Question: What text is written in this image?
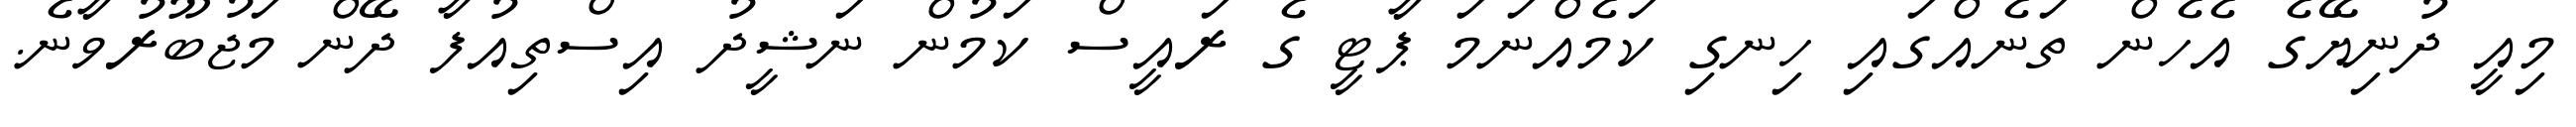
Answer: މިއީ ދުނިޔޭގެ އެހެން ތަނެއްގައި ހިނގި ކަމެއްނަމަ ޕާޓީ ގެ ރައީސް ކަމުން ނަޝީދު އިސްތިއުފާ ދޭން މަޖުބޫރުވާނެ.